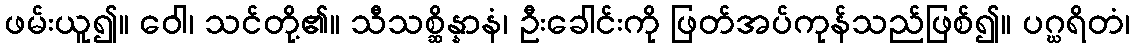
ဖမ်းယူ၍။ ဝေါ၊ သင်တို့၏။ သီသစ္ဆိန္နာနံ၊ ဦးခေါင်းကို ဖြတ်အပ်ကုန်သည်ဖြစ်၍။ ပဂ္ဃရိတံ၊